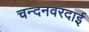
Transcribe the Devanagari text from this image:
चन्दनवरदाई